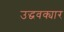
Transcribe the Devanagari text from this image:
उद्धवक्यार